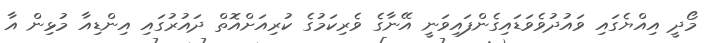
މޯދީ އިއްޔެގައި ވައުދުވެވަޑައިގެންފައިވަނީ އޭނާގެ ވެރިކަމުގެ ކުރިއަށްއޮތް ދައުރުގައި އިންޑިއާ މުޅިން އާ